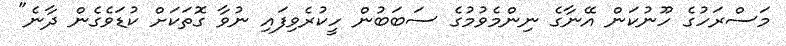
މަސްރަހުގެ ހޫނުކަން އޭނާގެ ނިންމެވުމުގެ ސަބަބުން ހީކުރެވިފައި ނުވާ ގޮތަކަށް ކުޑަވެގެން ދާނެ"